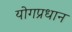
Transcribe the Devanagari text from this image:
योगप्रधान